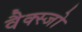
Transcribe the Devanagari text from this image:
वैक्स्जो